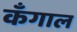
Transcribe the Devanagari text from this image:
कँगाल